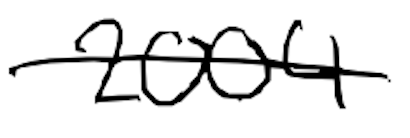
Text: 2004
Cross-out: mix
Writing tool: digital_black